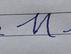
Signature authenticity: forged